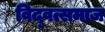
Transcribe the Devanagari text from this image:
विद्‍वत्समाज